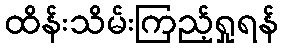
ထိန်းသိမ်းကြည့်ရှုရန်